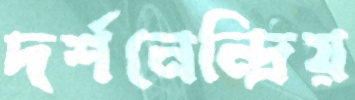
দর্শনেন্দ্রিয়